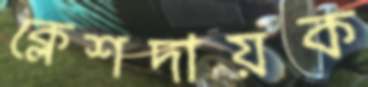
ক্লেশদায়ক